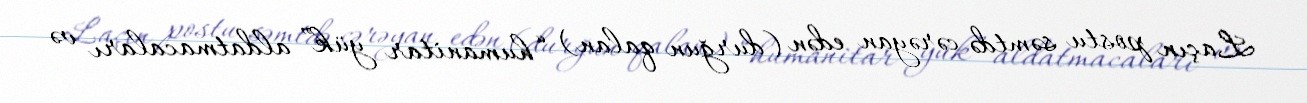
Laçın postu səmtdə cərəyan edən (durğun qalan) “humanitar yük” aldatmacaları və